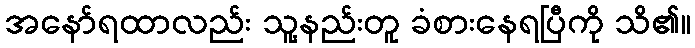
အနော်ရထာလည်း သူ့နည်းတူ ခံစားနေရပြီကို သိ၏။